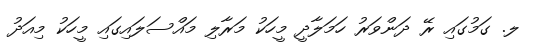
ލ. ގަމުގައި ރޭ ދަންވަރު ހަމަލާދީ މީހަކު މަރާލި މައްސަލައިގައި މީހަކު މިއަދު